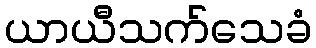
ယာယီသက်သေခံ